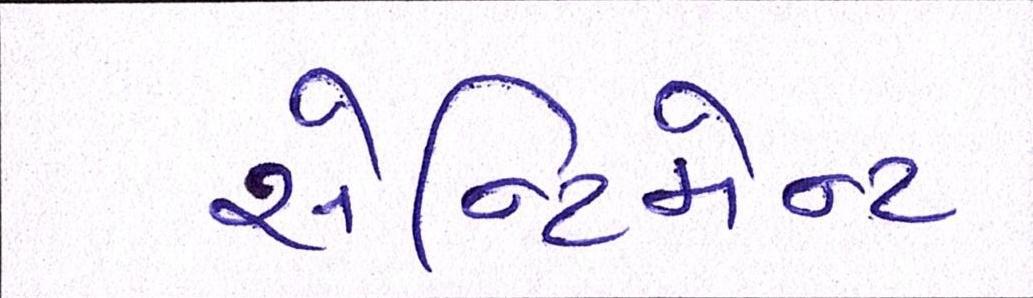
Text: સેન્ટિમેન્ટ